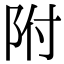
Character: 附